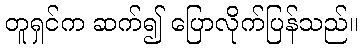
တူရှင်က ဆက်၍ ပြောလိုက်ပြန်သည်။